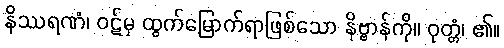
နိဿရဏံ၊ ဝဋ်မှ ထွက်မြောက်ရာဖြစ်သော နိဗ္ဗာန်ကို။ ဝုတ္တံ၊ ၏။